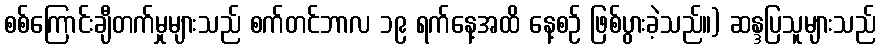
စစ်ကြောင်းချီတက်မှုများသည် စက်တင်ဘာလ ၁၉ ရက်နေ့အထိ နေ့စဉ် ဖြစ်ပွားခဲ့သည်။) ဆန္ဒပြသူများသည်